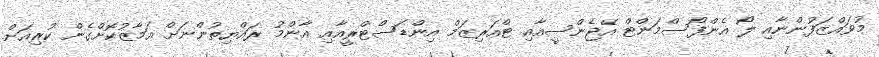
މުވައްޒަފުންނާއި ލޯ އެންފޯސްމަންޓް އޭޖެންސީއާއި ޓްއަރިޒަމް އިންޑަސްޓްރީއާއި އާންމު ރައްޔިތުންނަށް އަމާޒުކޮށްގެން ކުރިއަށް